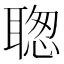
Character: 聦